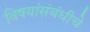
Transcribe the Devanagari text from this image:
विषयांसंबंधीचे